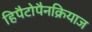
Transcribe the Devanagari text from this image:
हिपैटोपैनक्रियाज